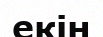
екін